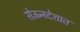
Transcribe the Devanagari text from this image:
सेऊनदेशात